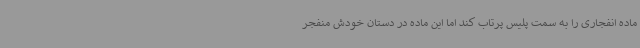
ماده انفجاری را به سمت پلیس پرتاب کند اما این ماده در دستان خودش منفجر